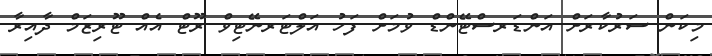
މިކަން ސަރުކާރަށް އަންޑަރސްޓޭންޑް ވުމަށް ފަހު އަލްޓަރނޭޓިވް ރޫޓް އެއް ޓޫރިޒަމް ދާއިރާ